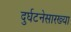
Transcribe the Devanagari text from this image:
दुर्घटनेसारख्या